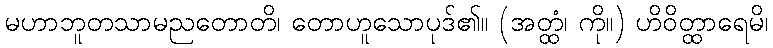
မဟာဘူတသာမညတောတိ၊ တောဟူသောပုဒ်၏။ (အတ္ထံ၊ ကို။) ဟိဝိတ္ထာရေမိ၊